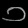
Digit: ၁